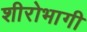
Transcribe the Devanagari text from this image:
शीरोभागी